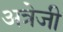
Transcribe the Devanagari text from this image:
अत्रेजी